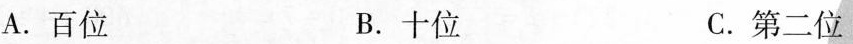
A.百位 B.十位 C.第二位